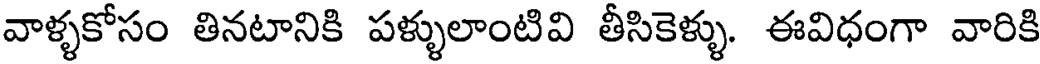
వాళ్ళకోసం తినటానికి పళ్ళులాంటివి తీసికెళ్ళు. ఈవిధంగా వారికి